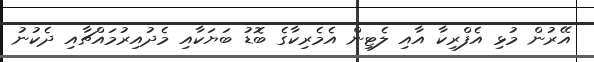
އޭރުން މުޅި އެފްރިކާ އާއި ލެޓިން އެމެރިކާގެ ބޮޑު ބަޔަކާއި މެދުއިރުމައްޗާއި ދެކުނު